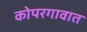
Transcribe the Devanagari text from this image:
कोपरगावात